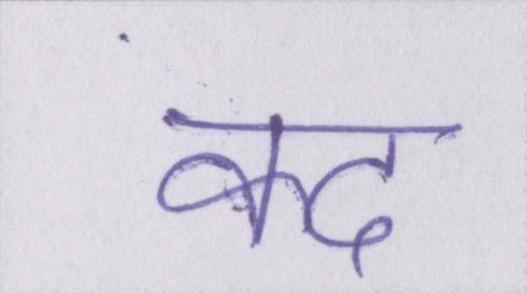
कद